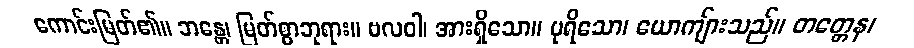
ကောင်းမြတ်၏။ ဘန္တေ၊ မြတ်စွာဘုရား။ ဗလဝါ၊ အားရှိသော။ ပုရိသော၊ ယောကျ်ားသည်။ တတ္တေန၊